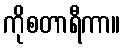
ကိုစတာရီကာ။